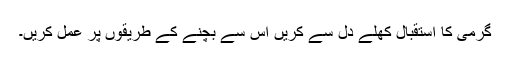
گرمی کا استقبال کھلے دل سے کریں اس سے بچنے کے طریقوں پر عمل کریں۔